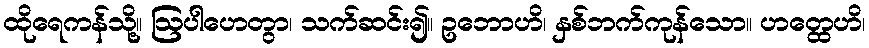
ထိုရေကန်သို့။ ဩပါဟေတွာ၊ သက်ဆင်း၍။ ဥဘောဟိ၊ နှစ်ဘက်ကုန်သော။ ဟတ္ထေဟိ၊